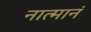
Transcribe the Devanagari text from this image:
नात्मानं